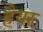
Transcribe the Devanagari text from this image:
हैयर